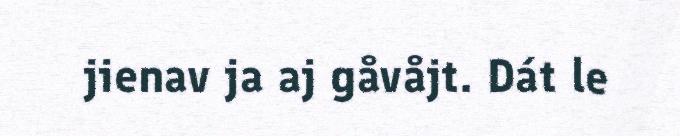
jienav ja aj gåvåjt. Dát le